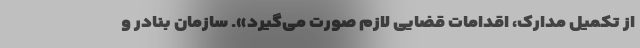
از تکمیل مدارک، اقدامات قضایی لازم صورت می‌گیرد». سازمان بنادر و